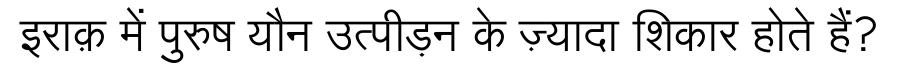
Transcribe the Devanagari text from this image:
इराक़ में पुरुष यौन उत्पीड़न के ज़्यादा शिकार होते हैं?